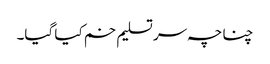
چناچہ سر تسلیم خم کیا گیا۔